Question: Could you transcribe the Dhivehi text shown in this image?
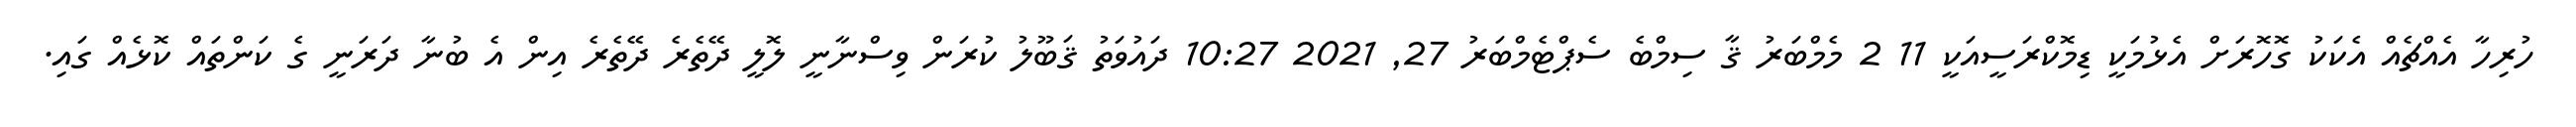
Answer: ހުރިހާ އެއްޗެއް އެކަކު ގޮހޮރަށް އެޅުމަކީ ޑިމޮކްރަސީއަކީ 11 2 މެމްބަރު ޤާ ސިމްބެ ސެޕްޓެމްބަރު 27, 2021 10:27 ދައުވަތު ޤަބޫލު ކުރަން ވިސްނާނީ ލޮލީ ދޭތެރެ ދޭތެރެ އިން އެ ބުނާ ދަރަނީ ގެ ކަންތައް ކޮޅެއް ގައި.